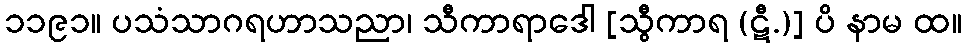
၁၁၉၁။ ပသံသာဂရဟာသညာ၊ သီကာရာဒေါ [သွီကာရ (ဋီ.)] ပိ နာမ ထ။